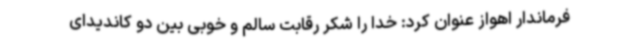
فرماندار اهواز عنوان کرد: خدا را شکر رقابت سالم و خوبی بین دو کاندیدای